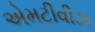
એમટીવીઝ